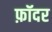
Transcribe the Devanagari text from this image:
फ़ॉदर